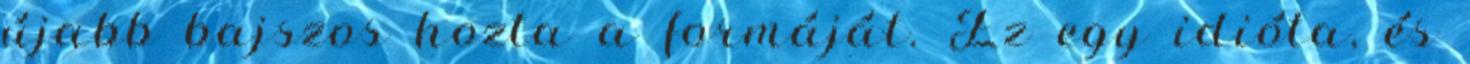
újabb bajszos hozta a formáját. Ez egy idióta, és